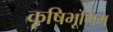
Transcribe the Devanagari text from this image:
कृषिभूमिम